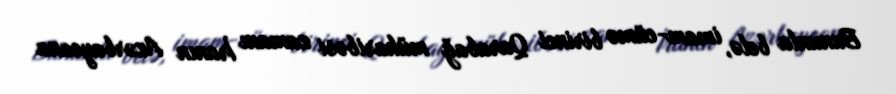
Bununla belə, imam-cümə birinci Qarabağ müharibəsi zamanı İranın Azərbaycana